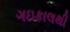
ગઇકાલથી